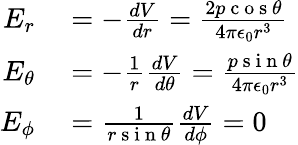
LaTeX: \begin{array}{rl}{E_{r}}&{{}=-\frac{dV}{dr}=\frac{2p\mathrm{~c~o~s~}\theta}{4\pi\epsilon_{0}r^{3}}}\\ {E_{\theta}}&{{}=-\frac{1}{r}\frac{dV}{d\theta}=\frac{p\mathrm{~s~i~n~}\theta}{4\pi\epsilon_{0}r^{3}}}\\ {E_{\phi}}&{{}=\frac{1}{r\mathrm{~s~i~n~}\theta}\frac{dV}{d\phi}=0}\end{array}